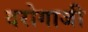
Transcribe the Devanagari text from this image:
दरोगाजी